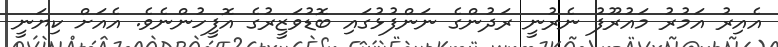
އެއިރު އަމުރު މައުރޫފު ނެރުނީ ރަދުންގެ ނަންފުޅުގައި ބޮޑުވަޒީރުގެ އޮފީހުންނެވެ. އެއަށް ކިޔަނީ